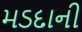
મડદાની